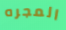
المجره